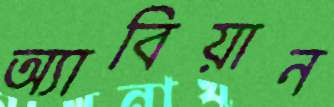
অ্যাবিয়ান